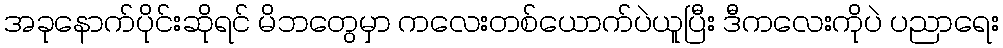
အခုနောက်ပိုင်းဆိုရင် မိဘတွေမှာ ကလေးတစ်ယောက်ပဲယူပြီး ဒီကလေးကိုပဲ ပညာရေး